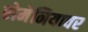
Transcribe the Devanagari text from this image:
रोमेनियावर